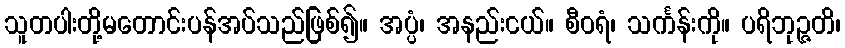
သူတပါးတို့မတောင်းပန်အပ်သည်ဖြစ်၍။ အပ္ပံ၊ အနည်းငယ်။ စီဝရံ၊ သင်္ကန်းကို။ ပရိဘုဉ္ဇတိ၊